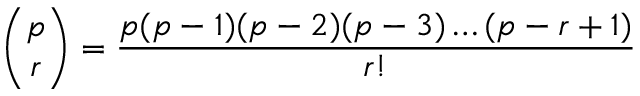
\binom { p } { r } = { \frac { p ( p - 1 ) ( p - 2 ) ( p - 3 ) \dots ( p - r + 1 ) } { r ! } }